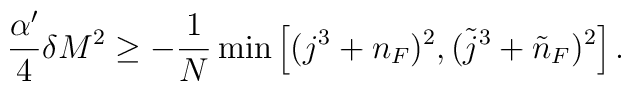
\frac{\alpha'}4\delta M^2 \ge -\frac1N \min \left[ (j^3+n_F)^2, (\tilde{j}^3+\tilde{n}_F)^2 \right].